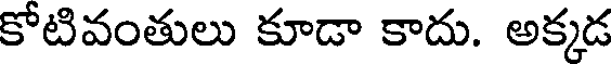
కోటివంతులు కూడా కాదు. అక్కడ